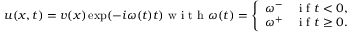
\begin{array} { r } { u ( x , t ) = v ( x ) \exp ( - i \omega ( t ) t ) \mathrm { ~ w ~ i ~ t ~ h ~ } \omega ( t ) = \left\{ \begin{array} { l l } { \omega ^ { - } } & { \mathrm { ~ i ~ f ~ } t < 0 , } \\ { \omega ^ { + } } & { \mathrm { ~ i ~ f ~ } t \geq 0 . } \end{array} \right. } \end{array}